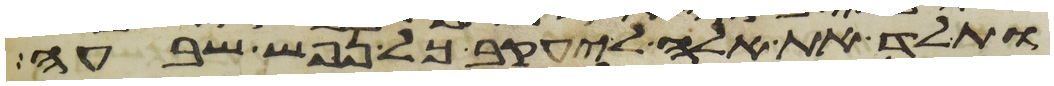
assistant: ותלד את אלה ליעקב כל נפש שבע